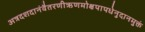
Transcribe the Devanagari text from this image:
अत्रदशदानंवैतरणीऋणमोक्षपापधेनुदानमुक्तं